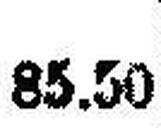
85.50